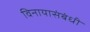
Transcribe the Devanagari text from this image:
विनायासंबंधी